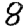
Digit: 8